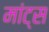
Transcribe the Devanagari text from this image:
मांट्स